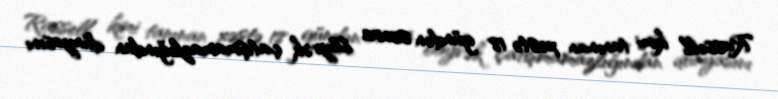
Rassell kimi tanınan xəstə 18 gündən sonra böyrək çatışmamazlığından dünyasını